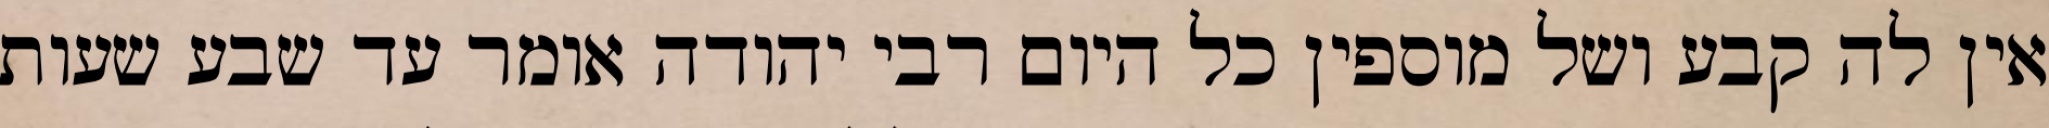
אין לה קבע ושל מוספין כל היום רבי יהודה אומר עד שבע שעות